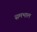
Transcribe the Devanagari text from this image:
समभाल